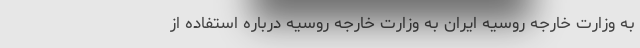
به وزارت خارجه روسیه ایران به وزارت خارجه روسیه درباره استفاده از